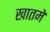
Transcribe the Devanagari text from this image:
खातमे